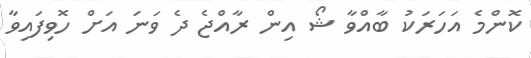
ކޮންމެ އަހަރަކު ބާއްވާ ޝޯ އިން ރާއްޖެ ދެ ވަނަ އަށް ހޮވިފައިވާ